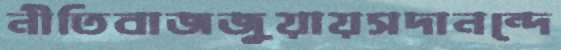
নীতিবাজজুয়ায়সদানন্দে